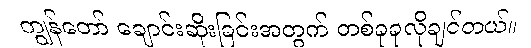
ကျွန်တော် ချောင်းဆိုးခြင်းအတွက် တစ်ခုခုလိုချင်တယ်။